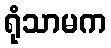
ရုံသာမက